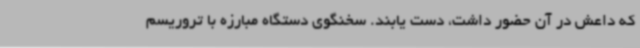
که داعش در آن حضور داشت، دست یابند. سخنگوی دستگاه مبارزه با تروریسم